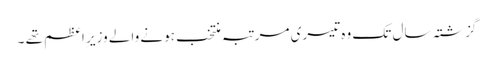
گزشتہ سال تک وہ تیسری مرتبہ منتخب ہونے والے وزیر ِاعظم تھے ۔